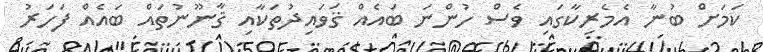
ކަމަށް ބުނާ އެމެރިކާގައި ވެސް ހުންނަ ބައެއް ޤަވައިދުތަކާއި ޤާނޫނުތައް ބައެއް ފަހަރު